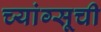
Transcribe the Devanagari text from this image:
च्यांग्सूची